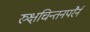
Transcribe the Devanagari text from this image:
रुक्षचिन्तनपरैर्न